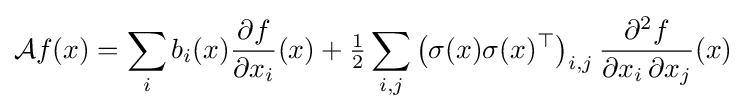
{\mathcal {A}}f(x)=\sum _{i}b_{i}(x){\frac {\partial f}{\partial x_{i}}}(x)+{\tfrac {1}{2}}\sum _{i,j}\left(\sigma (x)\sigma (x)^{\top }\right)_{i,j}{\frac {\partial ^{2}f}{\partial x_{i}\,\partial x_{j}}}(x)